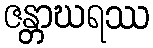
ဇန္တာဃရဿ